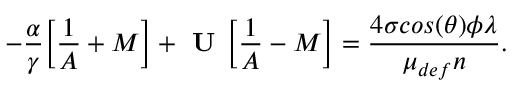
- \frac { \alpha } { \gamma } \bigg [ \frac { 1 } { A } + M \bigg ] + \textbf { U } \bigg [ \frac { 1 } { A } - M \bigg ] = \frac { 4 \sigma c o s ( \theta ) \phi \lambda } { \mu _ { d e f } n } .